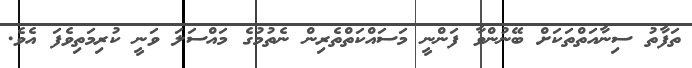
ތަފާތު ސިނާއަތްތަކަށް ބޭނުންވާ ފަންނީ މަސައްކަތްތެރިން ނެތުމުގެ މައްސަލަ ވަނީ ކުރިމަތިވެފަ އެވެ.